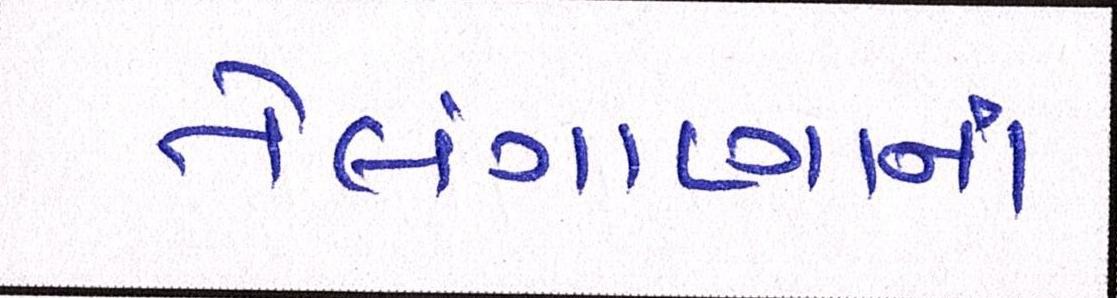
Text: તેલંગાણાના